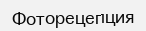
Фоторецепция